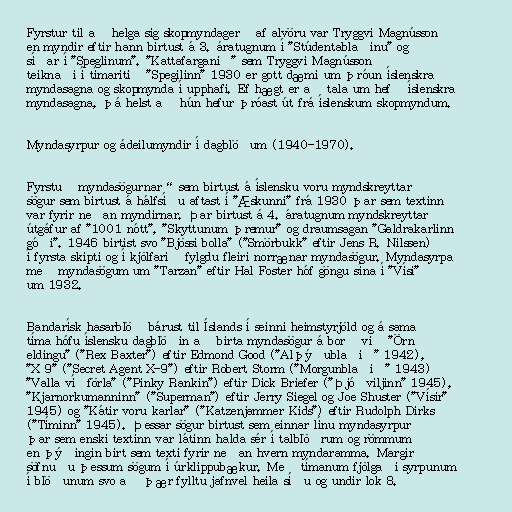
Fyrstur til að helga sig skopmyndagerð af alvöru var Tryggvi Magnússon
en myndir eftir hann birtust á 3. áratugnum í "Stúdentablaðinu" og
síðar í "Speglinum". "Kattafarganið" sem Tryggvi Magnússon
teiknaði í tímaritið "Spegilinn" 1930 er gott dæmi um þróun íslenskra
myndasagna og skopmynda í upphafi. Ef hægt er að tala um hefð íslenskra
myndasagna, þá helst að hún hefur þróast út frá íslenskum skopmyndum.

Myndasyrpur og ádeilumyndir í dagblöðum (1940-1970).

Fyrstu „myndasögurnar“ sem birtust á íslensku voru myndskreyttar
sögur sem birtust á hálfsíðu aftast í "Æskunni" frá 1930 þar sem textinn
var fyrir neðan myndirnar. Þar birtust á 4. áratugnum myndskreyttar
útgáfur af "1001 nótt", "Skyttunum þremur" og draumsagan "Galdrakarlinn
góði". 1946 birtist svo "Bjössi bolla" ("Smörbukk" eftir Jens R. Nilssen)
í fyrsta skipti og í kjölfarið fylgdu fleiri norrænar myndasögur. Myndasyrpa
með myndasögum um "Tarzan" eftir Hal Foster hóf göngu sína í "Vísi"
um 1932.

Bandarísk hasarblöð bárust til Íslands í seinni heimstyrjöld og á sama
tíma hófu íslensku dagblöðin að birta myndasögur á borð við "Örn
eldingu" ("Rex Baxter") eftir Edmond Good ("Alþýðublaðið" 1942),
"X 9" ("Secret Agent X-9") eftir Robert Storm ("Morgunblaðið" 1943)
"Valla víðförla" ("Pinky Rankin") eftir Dick Briefer ("Þjóðviljinn" 1945),
"Kjarnorkumanninn" ("Superman") eftir Jerry Siegel og Joe Shuster ("Vísir"
1945) og "Kátir voru karlar" ("Katzenjammer Kids") eftir Rudolph Dirks
("Tíminn" 1945). Þessar sögur birtust sem einnar línu myndasyrpur
þar sem enski textinn var látinn halda sér í talblöðrum og römmum
en þýðingin birt sem texti fyrir neðan hvern myndaramma. Margir
söfnuðu þessum sögum í úrklippubækur. Með tímanum fjölgaði syrpunum
í blöðunum svo að þær fylltu jafnvel heila síðu og undir lok 8.